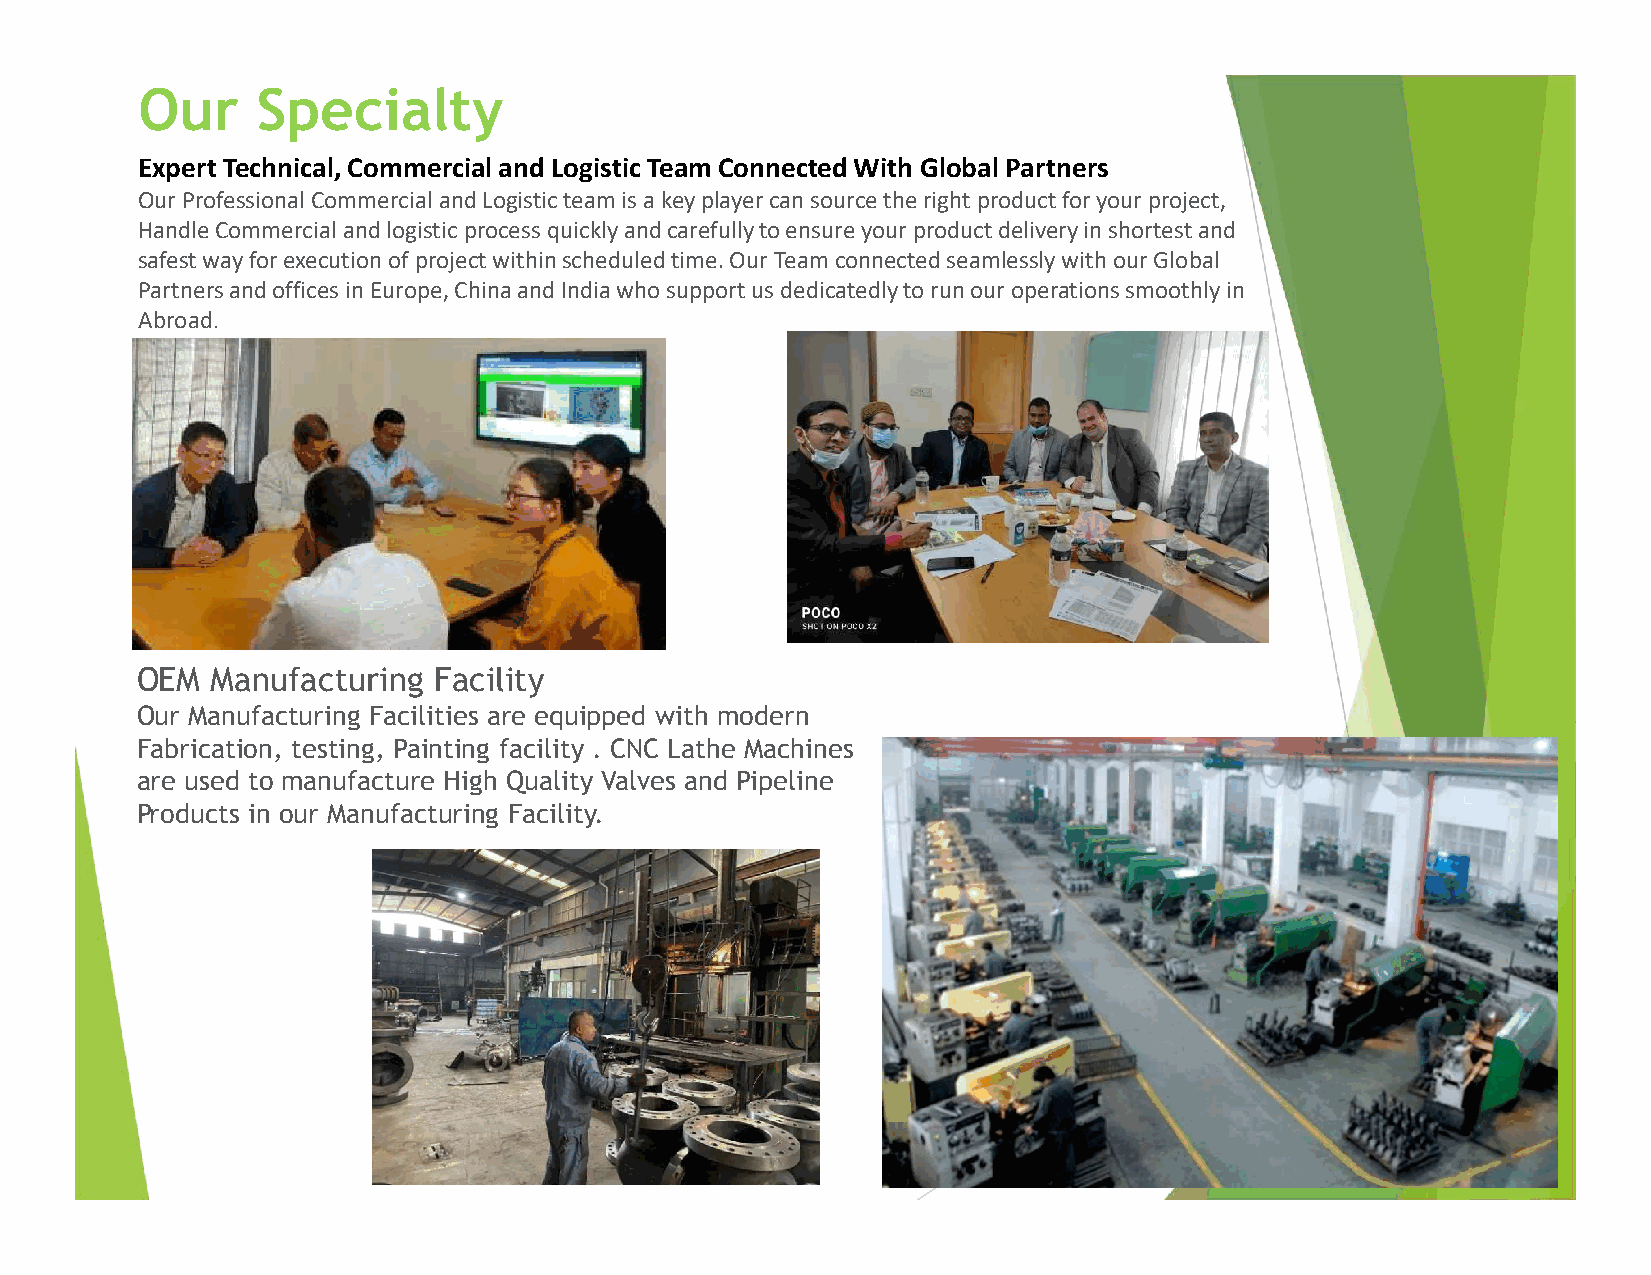
Our     Specialty
 Expert Technical, Commercial and Logistic Team Connected With Global Partners
 Our Professional Commercial and Logistic team is a key player can source the right product for your project,
 Handle Commercial and logistic process quickly and carefully to ensure your product delivery in shortest and
 safest way for execution of project within scheduled time. Our Team connected seamlessly with our Global
 Partners and offices in Europe, China and India who support us dedicatedly to run our operations smoothly in
 Abroad.
 OEM  Manufacturing  Facility
 Our Manufacturing Facilities are equipped with modern
 Fabrication, testing, Painting facility . CNC Lathe Machines
 are used to manufacture High Quality Valves and Pipeline
 Products in our Manufacturing Facility.
 Page 4